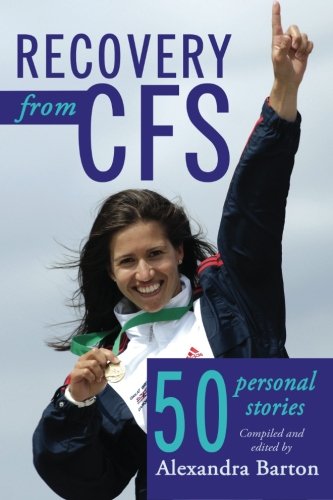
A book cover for Recovery from CFS: 50 Personal Stories; Alexandra Barton; Health, Fitness & Dieting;